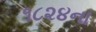
૧૮૨૪ના